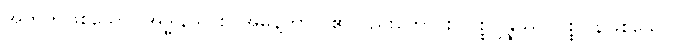
အတိတ်ဖြစ်သော။ အဒ္ဓါနဿစ၊ အဓွန့်ကာလ၏လည်းကောင်း။ ပစ္စုပ္ပန္နဿ၊ ပစ္စုပ္ပန်ဖြစ်သော။